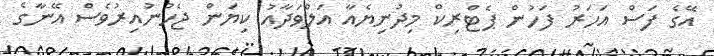
އޭގެ ފަސް އަހަރު ފަހުން ޕެޓްރިކް މިދުނިޔެއާ އަލްވަދާއު ކިޔަން ޖެހުނުއިރުވެސް އޭނާގެ